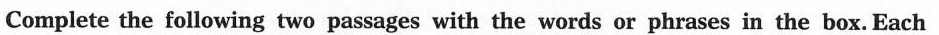
Complete the following two passages with the words or phrases in the box. Each